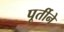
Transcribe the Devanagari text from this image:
पूर्तीने